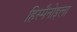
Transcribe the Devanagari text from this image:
हिस्पैनोइला